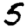
Digit: 5